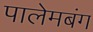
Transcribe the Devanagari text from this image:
पालेमबंग